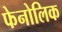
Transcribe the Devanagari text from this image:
फेनोलिक